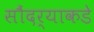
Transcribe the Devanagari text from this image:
सौंदर्‍याकडे